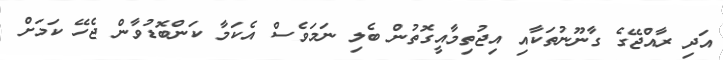
އަދި ރާއްޖޭގެ ގާނޫނުތަކާއި އިޖުތިމާއީގޮތުން ބެލި ނަމަވެސް އެކަމާ ކަންބޮޑުވާން ޖެހޭ ކަމަށް